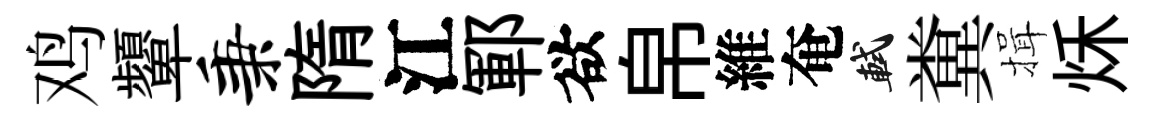
鸡顰秉隋江鄆欲帛維奄軾糞揖秌